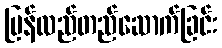
ပြန်လည်တည်ဆောက်ခြင်း